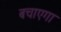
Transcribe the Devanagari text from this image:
बचाएगा